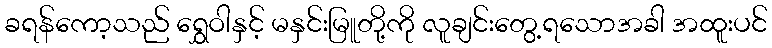
ခရန်ကော့သည် ရွှေဝါနှင့် မနှင်းမြူတို့ကို လူချင်းတွေ့ရသောအခါ အထူးပင်